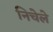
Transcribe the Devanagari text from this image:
निचेले